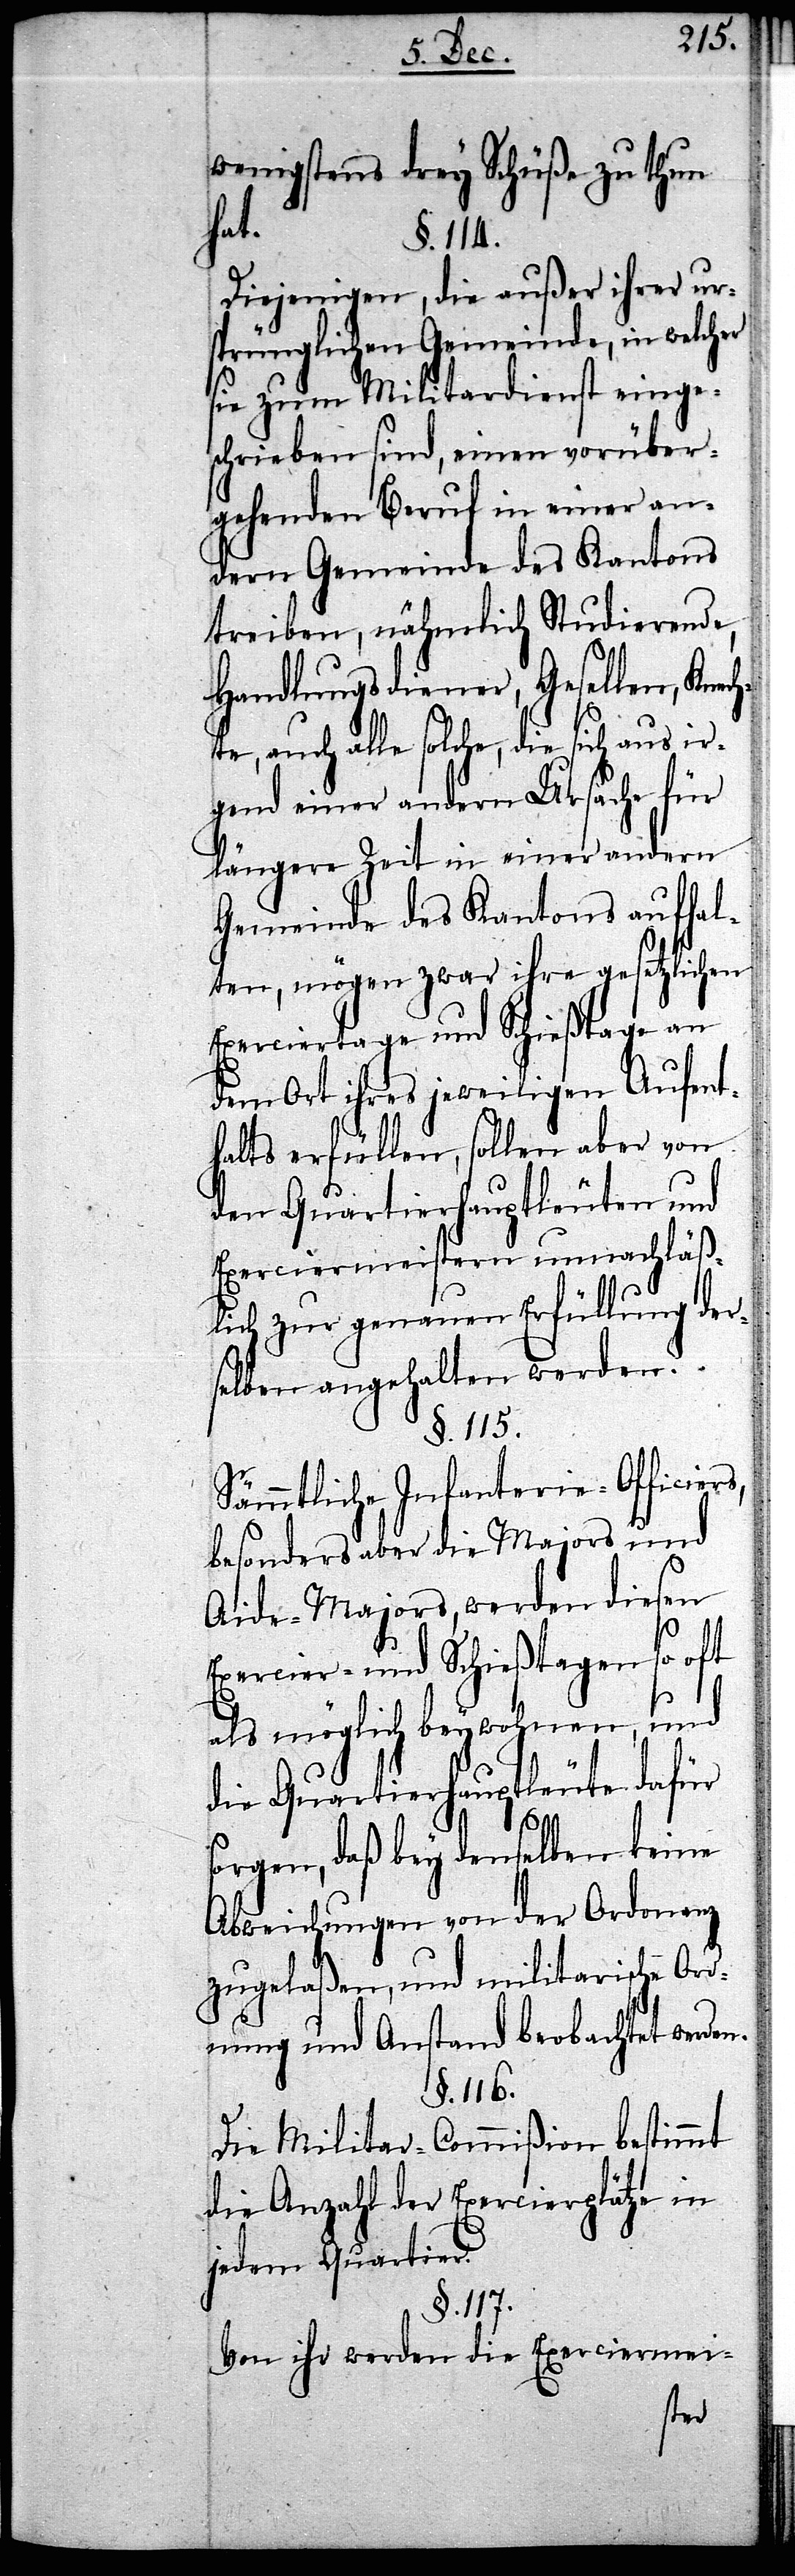
wenigstens drey Schüße zu thun
hat.
§. 114.
Diejenigen, die außer ihrer ur¬
sprünglichen Gemeinde, in welcher
sie zum Militardienst einge¬
schrieben sind, einen vorüber¬
gehenden Beruf in einer an¬
dern Gemeinde des Kantons
treiben, nähmlich Studierende,
Handlungsdiener, Gesellen, Knech¬
te, auch alle solche, die sich aus ir¬
gend einer andern Ursache für
längere Zeit in einer andern
Gemeinde des Kantons aufhal¬
ten, mögen zwar ihre gesetzlichen
Exerciertage und Schießtage an
dem Ort ihres jeweiligen Aufent¬
haltes erfüllen, sollen aber von
den Quartierhauptleuten und
Exerciermeistern unnachläß¬
lich zur genauen Erfüllung der¬
selben angehalten werden.
§. 115.
Sämmtliche Infanterie-Officiers,
besonders aber die Majors und
Aide-Majors, werden diesen
Exercier- und Schießtagen so oft
als möglich beywohnen, und
die Quartierhauptleute dafür
s¬
orgen, daß bey denselben keine
Abweichungen von der Ordonanz
zugelaßen, und militarische Or¬
dnung und Anstand beobachtet werden.
§. 116.
Die Militar-Commißion bestimmt
die Anzahl der Exercierplätze in
jedem Quartier.
§. 117.
Von ihr werden die Exerciermei-